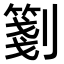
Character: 𠠀